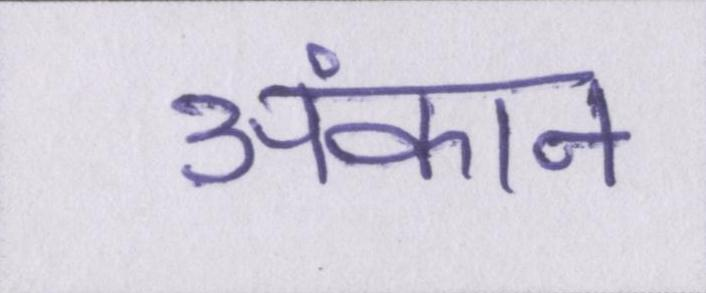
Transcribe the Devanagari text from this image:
अंकन